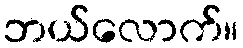
ဘယ်လောက်။